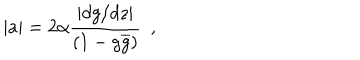
LaTeX: | a | = 2 \alpha \frac { \left| d g / d z \right| } { ( 1 - g \overline { { { g } } } ) } ~ ~ ,